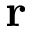
{ \bf \delta r }